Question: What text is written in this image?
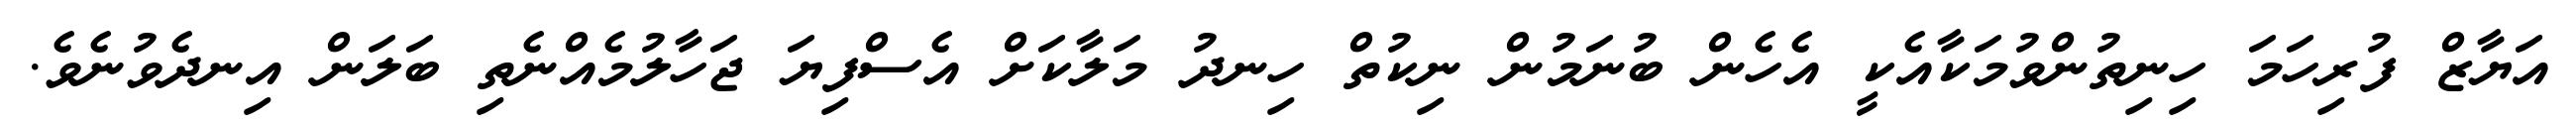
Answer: އަޔާޒް ފުރިހަމަ ހިނިތުންވުމަކާއެކީ އެހެން ބުނަމުން ނިކުތް ހިނދު މަލާކަށް އެސްފިޔަ ޖަހާލުމެއްނެތި ބަލަން އިނދެވުނެވެ.